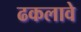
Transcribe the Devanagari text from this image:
ढकलावे